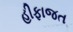
હીફાજત